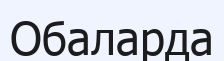
Обаларда